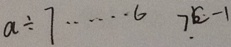
a \div 7 \cdots 6 7 c - 1